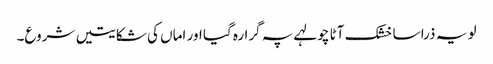
لو یہ ذرا سا خشک آٹا چولہے پہ گرا رہ گیا اور اماں کی شکایتیں شروع۔